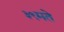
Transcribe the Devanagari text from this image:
३९मते